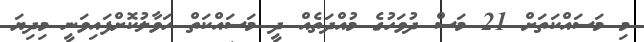
މި މަސައްކަތަށް 21 މަސް ދުވަހުގެ މުއްދަތެއް ދީ މަސައްކަތް ހަވާލުކޮށްފައިވަނީ މިިދިޔަ